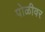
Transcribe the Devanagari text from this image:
पोळीवर